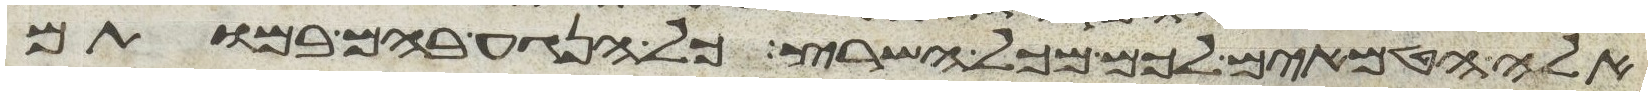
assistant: אלה הטמאים לכם מכל השרץ כל הנגע בהם במותם